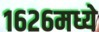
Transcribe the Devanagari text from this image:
१६२६मध्ये